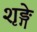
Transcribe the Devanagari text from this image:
शृङ्गे